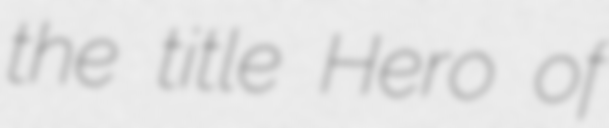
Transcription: the title Hero of